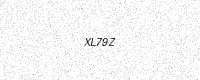
Text: XL79Z